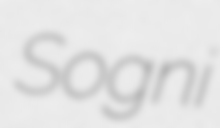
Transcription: Sogni